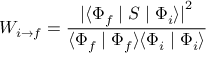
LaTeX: W _ { i \rightarrow f } = { \frac { { \vert \langle \Phi _ { f } \mid S \mid \Phi _ { i } \rangle \vert } ^ { 2 } } { \langle \Phi _ { f } \mid \Phi _ { f } \rangle \langle \Phi _ { i } \mid \Phi _ { i } \rangle } }